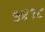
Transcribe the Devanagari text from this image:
५४१८